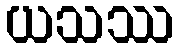
ယသဿ